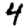
Digit: 4